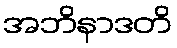
အဘိနာဒတိ